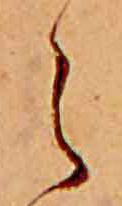
え